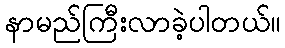
နာမည်ကြီးလာခဲ့ပါတယ်။